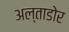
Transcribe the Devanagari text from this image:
अल्ताडोर